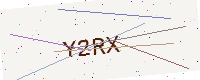
Text: Y2RX